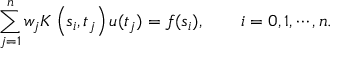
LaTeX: \sum _ { j = 1 } ^ { n } w _ { j } K \left( s _ { i } , t _ { j } \right) u ( t _ { j } ) = f ( s _ { i } ) , \qquad i = 0 , 1 , \cdots , n .